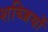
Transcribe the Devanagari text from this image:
शब्जियों